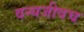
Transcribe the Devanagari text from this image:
वन्यजीवच